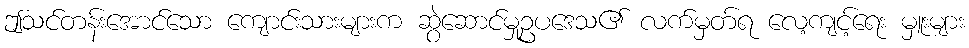
ဤသင်တန်းအောင်သော ကျောင်းသားများက ဆွဲဆောင်မှုဥပဒေသ၏ လက်မှတ်ရ လေ့ကျင့်ရေး မှူးများ